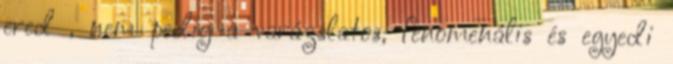
ered , nem pedig a varázslatos, fenomenális és egyedi